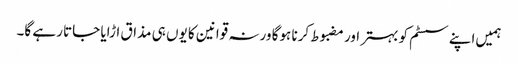
ہمیں‌اپنے سسٹم کو بہتر اور مضبوط کرنا ہوگا ورنہ قوانین کا یوں ہی مذاق اڑایا جاتا رہے گا۔